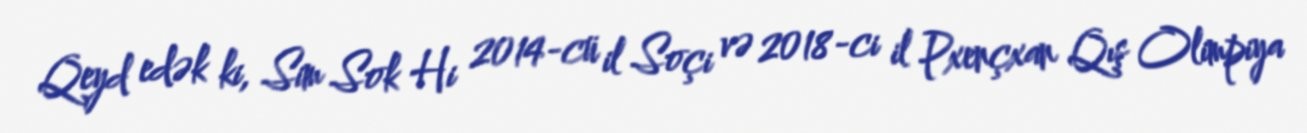
Qeyd edək ki, Sim Sok Hi 2014-cü il Soçi və 2018-ci il Pxençxan Qış Olimpiya